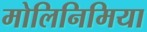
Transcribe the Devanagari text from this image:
मोलिनिमिया